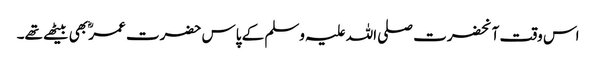
اس وقت آنحضرت صلی اللہ علیہ وسلم کے پاس حضرت عمرؓ بھی بیٹھے تھے۔